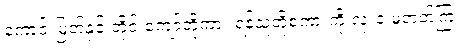
ကောင်းမြတ်နှင့် တိုင်းကျော်တို့ကား ရန်သူတို့စကားကို လုံးဝ မတတ်ကြ။